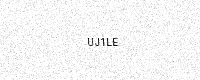
Text: UJ1LE